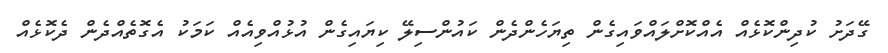
ގޭދަށު ކުދިންކޮޅެއް އެއްކޮށްލައްވައިގެން ތިޔަހެންދެން ކައުންސިލޭ ކިޔައިގެން އުޅުއްވިއެއް ކަމަކު އެގޮތެއްދެން ދެކޮޅެއް